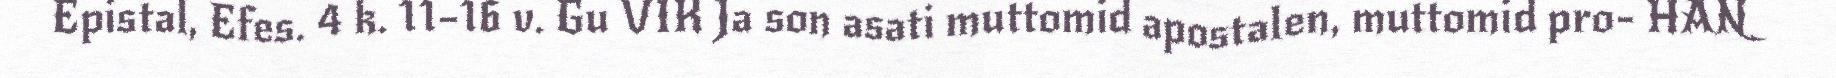
Epistal, Efes. 4 k. 11–16 v. Gu VIK Ja son asati muttomid apostalen, muttomid pro- HAN